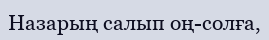
Назарың салып оң-солға,